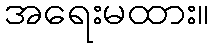
အရေးမထား။